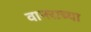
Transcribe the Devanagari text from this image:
वानराच्या